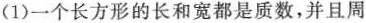
(1)一个长方形的长和宽都是质数，并且周